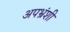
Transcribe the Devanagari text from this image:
अपभ्रंशी